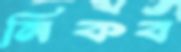
নিকব